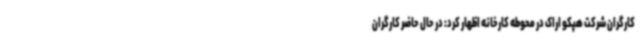
کارگران شرکت هپکو اراک در محوطه کارخانه اظهار کرد: در حال حاضر کارگران